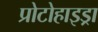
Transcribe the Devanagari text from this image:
प्रोटोहाइड्रा